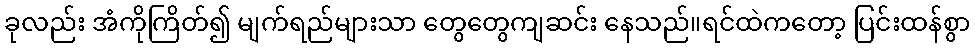
ခုလည်း အံကိုကြိတ်၍ မျက်ရည်များသာ တွေတွေကျဆင်း နေသည်။ရင်ထဲကတော့ ပြင်းထန်စွာ